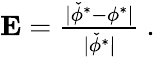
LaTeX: \begin{array}{r}{\mathbf{E}=\frac{|\check{\phi}^{\ast}-\phi^{\ast}|}{|\check{\phi}^{\ast}|}~.}\end{array}